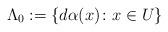
LaTeX: \begin{align*}\Lambda_0:=\{d\alpha(x)\colon x\in U\}\end{align*}